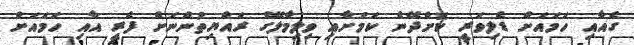
ގެއާއި ހަމައަށް ޑެލިވަރީ ކޮށްދޭނެ ކަމަށާއި ވިލިމާލޭގެ ރައްޔިތުންނަށް ފެރީ އާއި ހަމައަށް